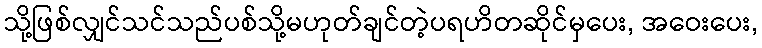
သို့ဖြစ်လျှင်သင်သည်ပစ်သို့မဟုတ်ချင်တဲ့ပရဟိတဆိုင်မှပေး, အဝေးပေး,